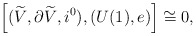
\begin{align*}\left[ (\widetilde{V}, \partial\widetilde{V}, i^0), (U(1), e)\right]\cong 0,\end{align*}